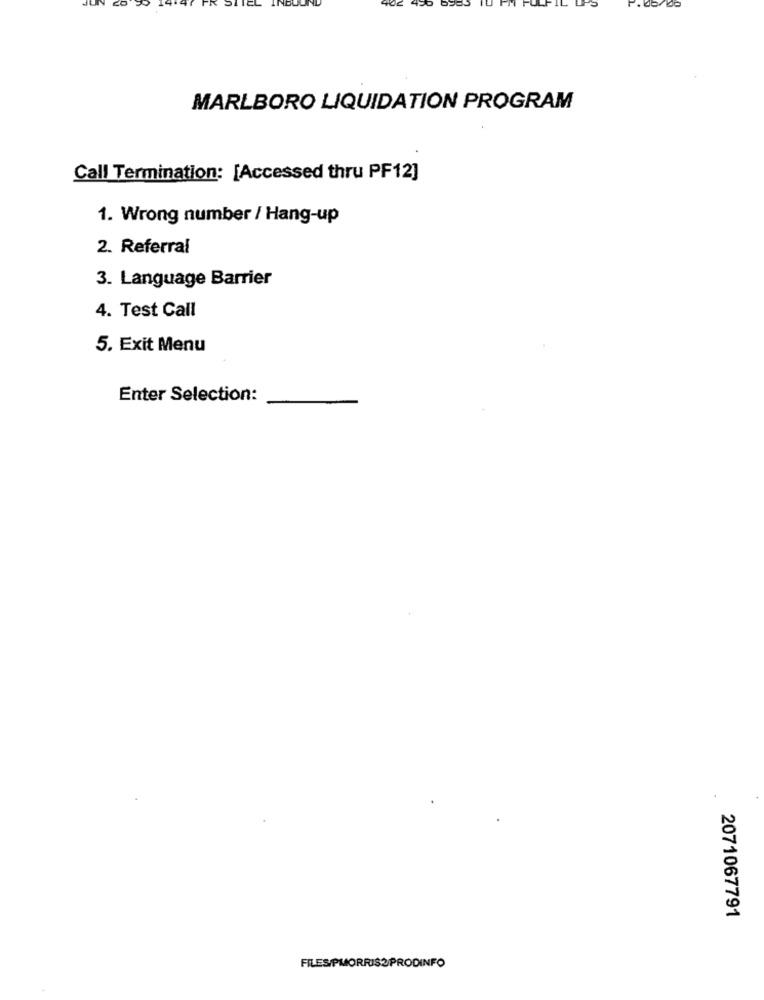
FH FU
IL
MARLBORO LIQUIDATION PROGRAM
Call Termination: [Accessed thru PF12]
1. Wrong number / Hang-up
2. Referral
3. Language Barrier
4. Test Call
5. Exit Menu
Enter Selection:
2071067791
FILES/PMORRIS?PRODINFO